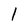
Character: 1